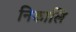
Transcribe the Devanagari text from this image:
निकालि